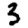
Digit: 3